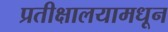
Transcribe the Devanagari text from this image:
प्रतीक्षालयामधून